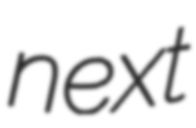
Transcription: next